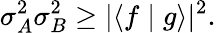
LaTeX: \sigma_{A}^{2}\sigma_{B}^{2}\geq|\langle f\mid g\rangle|^{2}.